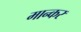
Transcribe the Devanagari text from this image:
मान्कर